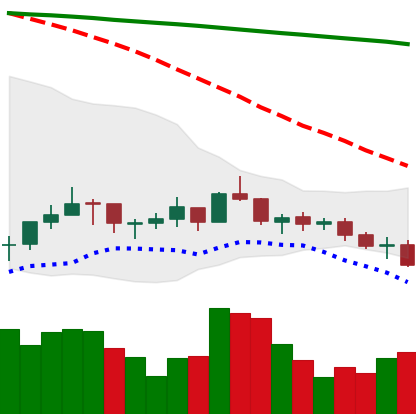
Ticker: LINK-USD
Chart end date: 2021-07-15
Forward return: -12.153%
Label: down_7plus